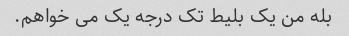
بله من یک بلیط تک درجه یک می خواهم.